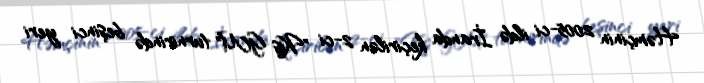
Həmçinin 2005-ci ildə İranda keçirilən 2-ci "Kiş GM" turnirində beşinci yeri